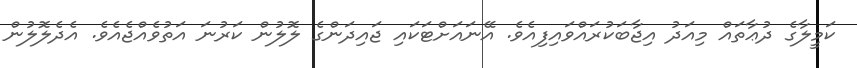
ކަމީލާގެ ދުޢާތައް މިއަދު އިޖާބަކުރައްވައިފިއެވެ. އޭނައަށްޓަކައި ޖައިދަންގެ ލޮލުން ކަރުނަ އަތުވެއްޖެއެވެ. އެދެލޮލުން